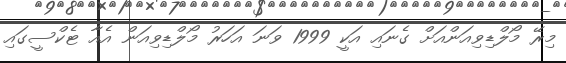
މިރޭ މޯލްޑިވިއަންއަށް ގެނައި އަކީ 1999 ވަނަ އަހަރު މޯލްޑިވިއަން އެއާ ޓެކްސީގައި